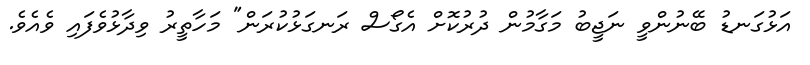
އަޅުގަނޑު ބޭނުންވީ ނަޖީބު މަގާމުން ދުރުކޮށް އެގޯސް ރަނގަޅުކުރަން" މަހާތީރު ވިދާޅުވެފައި ވެއެވެ.